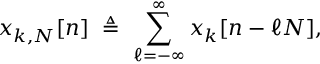
x _ { k , N } [ n ] \ \triangleq \ \sum _ { \ell = - \infty } ^ { \infty } x _ { k } [ n - \ell N ] ,